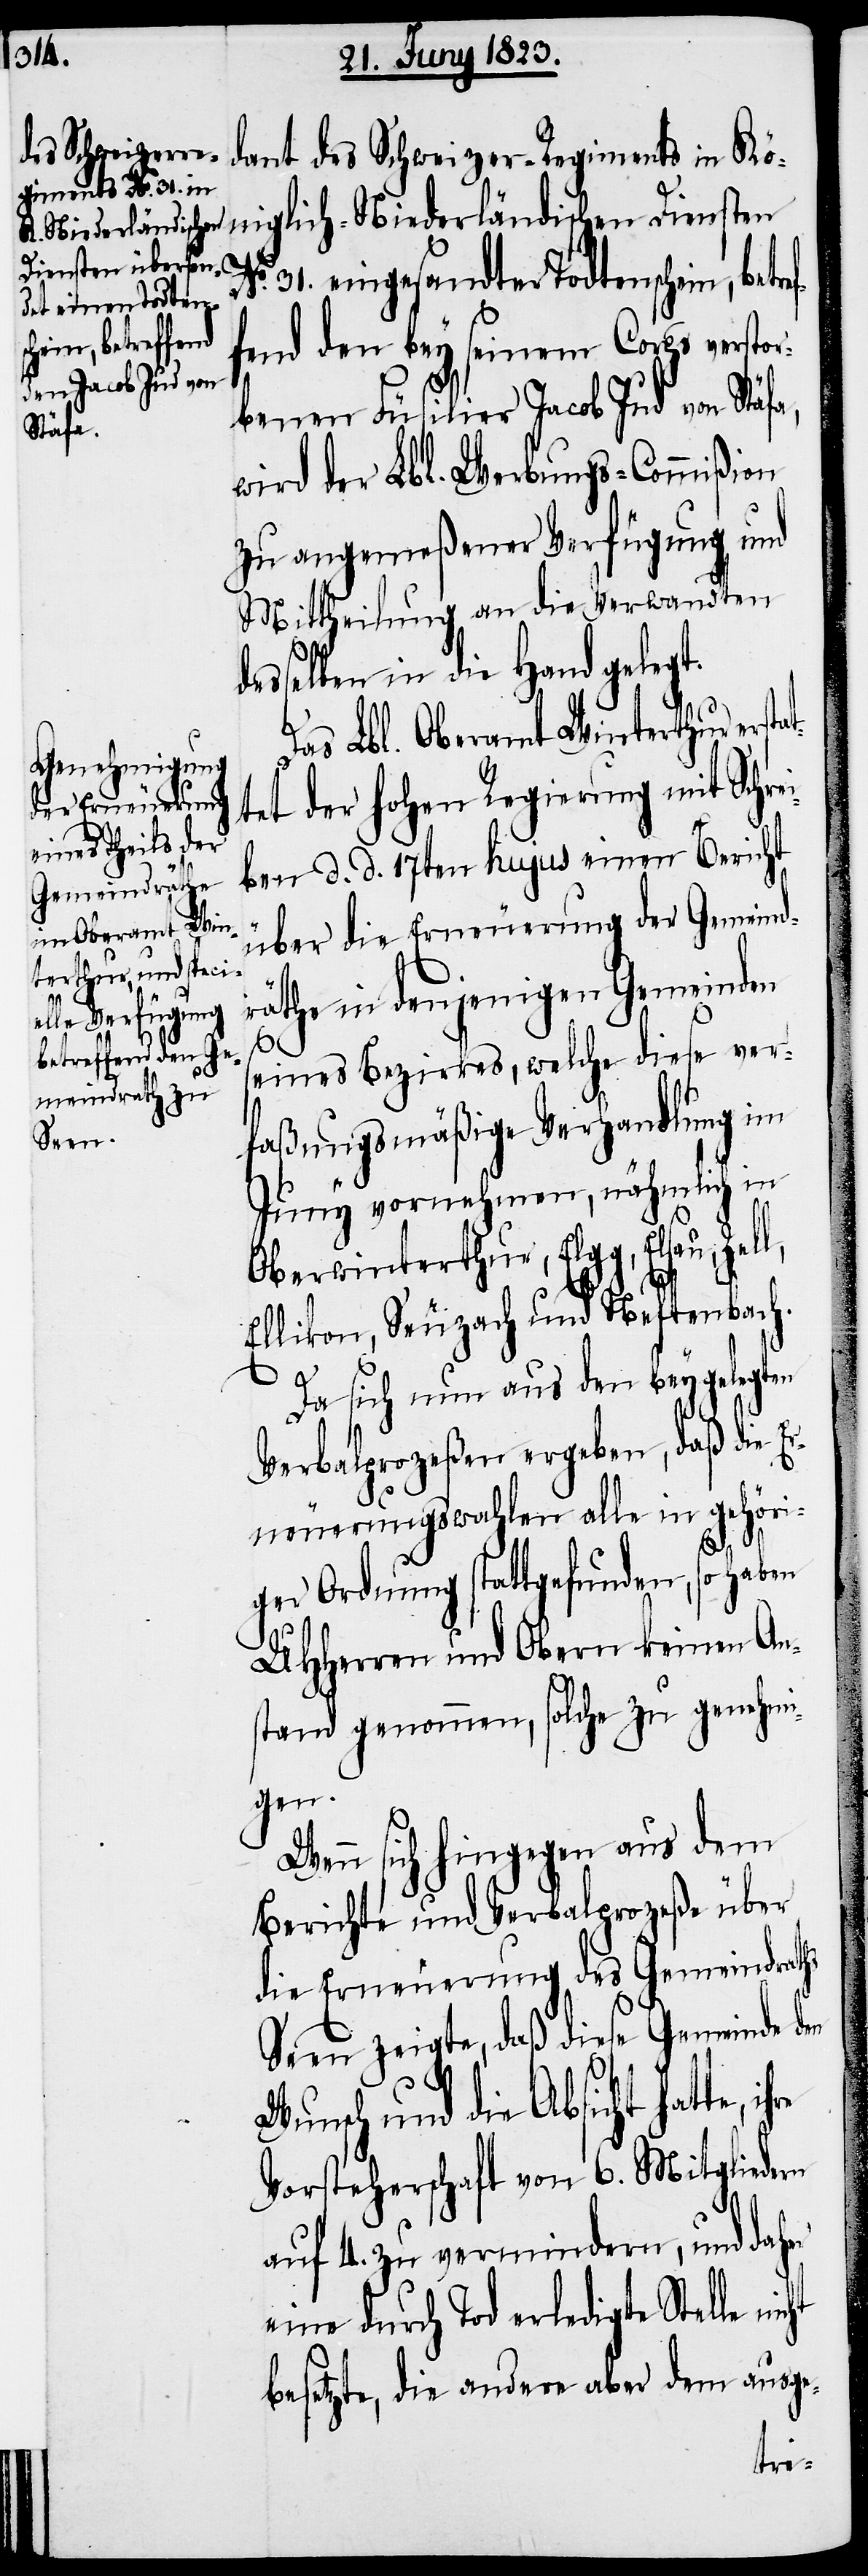
dant des Schweizer-Regiments in Kö¬
niglich-Niederländischen Diensten
31. eingesandter Todtenschein, be¬
fend den bey seinem Corps verstor¬
benen Füsilier Jacob Jud von Stäfa,
wird der Lbl. Werbungs-Commißion
zu angemeßener Verfügung und
Mittheilung an die Verwandten
desselben in die Hand gelegt.
Das Lbl. Oberamt Winterthur er¬
tet der hohen Regierung mit Schrei¬
ben d. d. 17ten hujus einen Bericht
über die Erneuerung der Gemeind¬
cht
räthe in denjenigen Gemeinden
seines Bezirkes, welche diese ver¬
faßungsmäßige Verhandlung im
Juny vornehmen, nähmlich in
Oberwinterthur, Elgg, Elsau,
Ellikon, Seuzach und Neftenbach.
Da sich nun aus den beygelegten
Verbalprozeßen ergeben, daß die E¬
rneuerungswahlen alle in gehöri¬
ger Ordnung stattgefunden, so haben
UHHerren und Obern keinen An¬
stand genommen, solche zu genehmi¬
gen.
Wenn sich hingegen aus dem
Berichte und Verbalprozeße über
die Erneuerung des Gemeindraths
Seen zeigte, daß diese Gemeinde den
Wunsch und die Absicht hatte,
Vorsteherschaft von 6. Mitgliedern
auf 4. zu vermindern, und daher
eine durch Tod erledigte Stelle ni¬
besetzte, die andere aber dem ausge-
stat¬